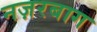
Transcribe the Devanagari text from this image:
नज़रबाग